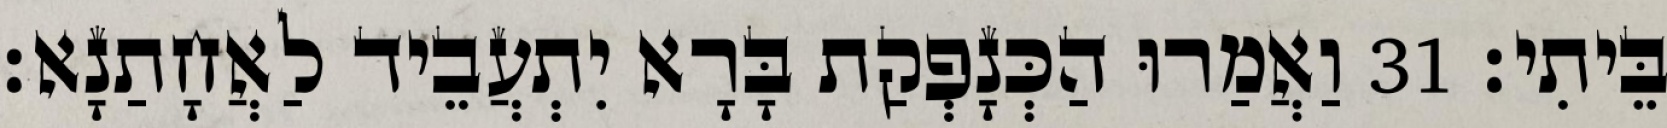
בֵּיתִי׃ 31 וַאֲמַרוּ הַכְּנָפְקַת בָּרָא יִתְעֲבֵיד לַאֲחָתַנָא׃